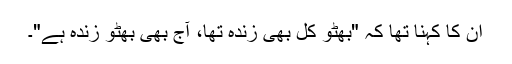
ان کا کہنا تھا کہ "بھٹو کل بھی زندہ تھا، آج بھی بھٹو زندہ ہے"۔